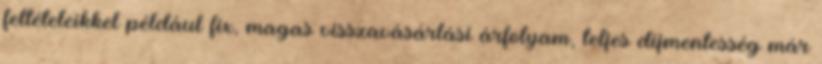
feltételeikkel például fix, magas visszavásárlási árfolyam, teljes díjmentesség már